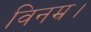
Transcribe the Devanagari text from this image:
विनम्र।